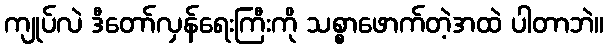
ကျုပ်လဲ ဒီတော်လှန်ရေးကြီးကို သစ္စာဖောက်တဲ့အထဲ ပါတာဘဲ။